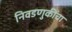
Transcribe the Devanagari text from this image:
निवडणुकींचा